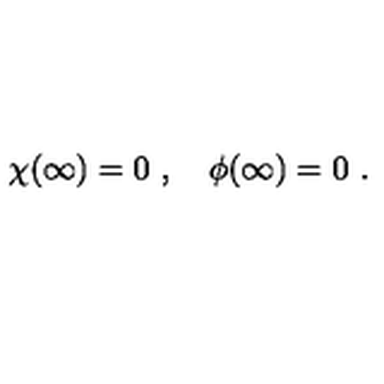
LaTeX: \chi ( \infty ) = 0 \ , \quad \phi ( \infty ) = 0 \ .